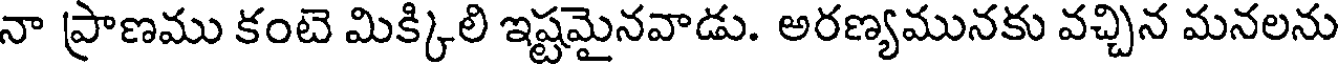
నా ప్రాణము కంటె మిక్కిలి ఇష్టమైనవాడు. అరణ్యమునకు వచ్చిన మనలను